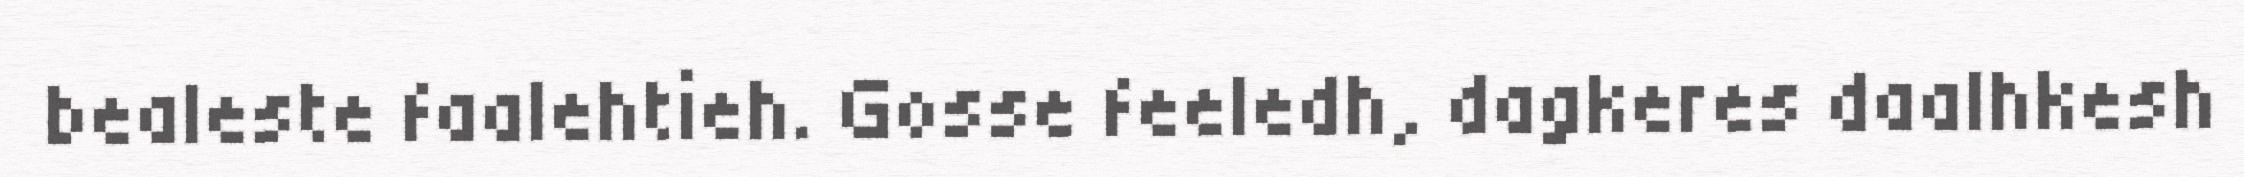
bealeste faalehtieh. Gosse feeledh, dagkeres daalhkesh